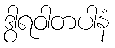
ဒွါရဝါတပါနံ